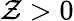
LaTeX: \mathcal{Z}>0